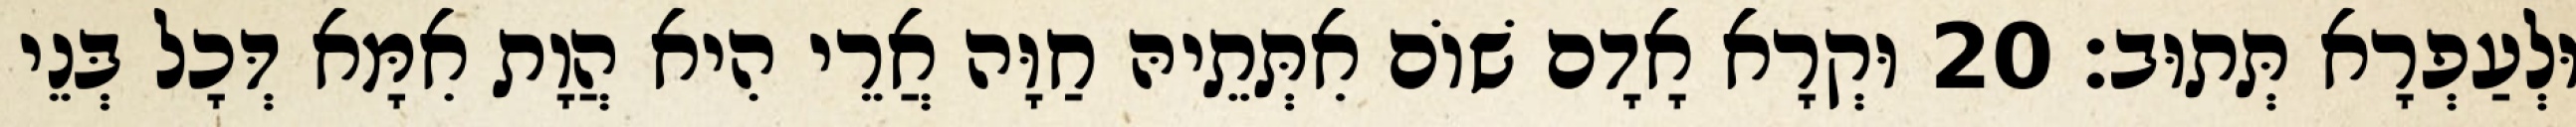
וּלְעַפְרָא תְּתוּב׃ 20 וּקְרָא אָדָם שׁוֹם אִתְּתֵיהּ חַוָּה אֲרֵי הִיא הֲוָת אִמָּא דְּכָל בְּנֵי